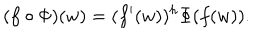
( f \circ \Phi ) ( w ) = ( f ^ { \prime } ( w ) ) ^ { h } \Phi ( f ( w ) ) .